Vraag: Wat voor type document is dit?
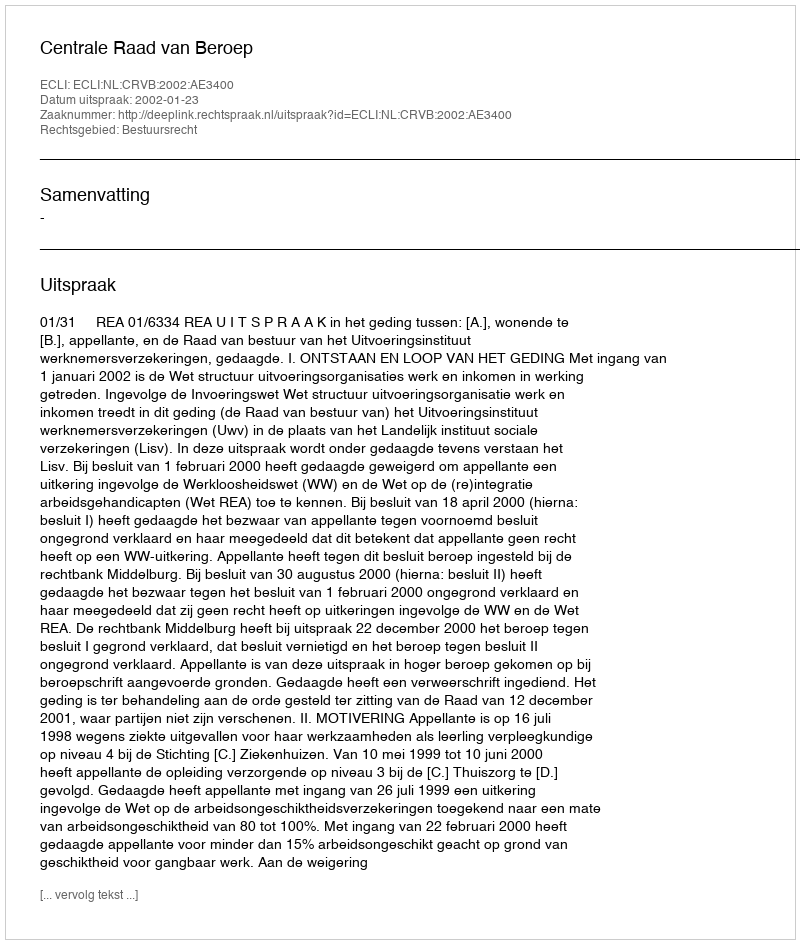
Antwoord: Uitspraak